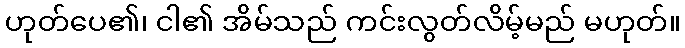
ဟုတ်ပေ၏၊ ငါ၏ အိမ်သည် ကင်းလွတ်လိမ့်မည် မဟုတ်။